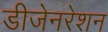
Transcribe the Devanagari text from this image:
डीजेनरेशन